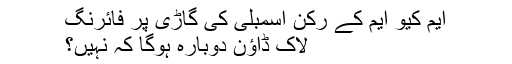
ایم کیو ایم کے رکن اسمبلی کی گاڑی پر فائرنگ
لاک ڈاؤن دوبارہ ہوگا کہ نہیں؟